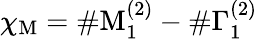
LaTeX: \chi_{\mathrm{M}}=\# \mathrm{M}_{1}^{(2)}-\# \Gamma_{1}^{(2)}